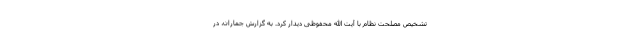
تشخیص مصلحت نظام با آیت الله محفوظی دیدار کرد. به گزارش جماران، در